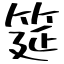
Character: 筵